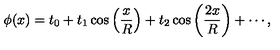
\phi ( x ) = t _ { 0 } + t _ { 1 } \cos \left( { \frac { x } { R } } \right) + t _ { 2 } \cos \left( { \frac { { 2 x } } { R } } \right) + \cdots ,